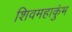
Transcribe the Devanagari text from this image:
शिवमहाकुंभ